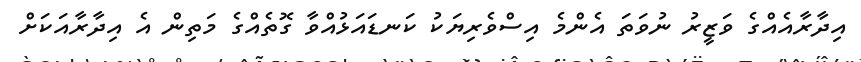
އިދާރާއެއްގެ ވަޒީރު ނުވަތަ އެންމެ އިސްވެރިޔަކު ކަނޑައަޅުއްވާ ގޮތެއްގެ މަތިން އެ އިދާރާއަކަށް